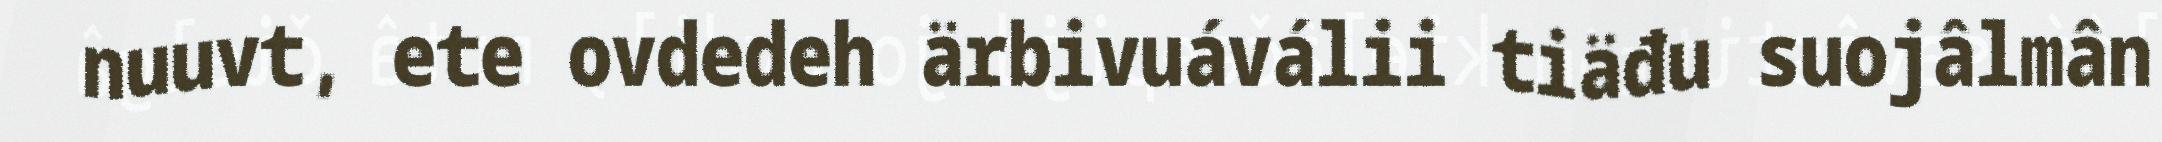
nuuvt, ete ovdedeh ärbivuáválii tiäđu suojâlmân